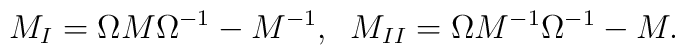
M_I=\Omega M \Omega^{-1} - M^{-1},  \;\;M_{II}=\Omega M^{-1} \Omega^{-1} - M.